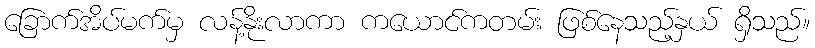
ခြောက်အိပ်မက်မှ လန့်နိုးလာကာ ကယောင်ကတမ်း ဖြစ်နေသည့်နှယ် ရှိသည်။